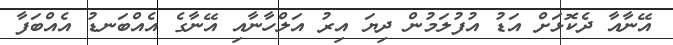
އޭނާއާ ދެކޮޅަށް އަޑު އުފުލަމުން ދިޔަ އިރު އަލްހާނާއި އޭނާގެ އެއްބަނޑު އެއްބަފާ